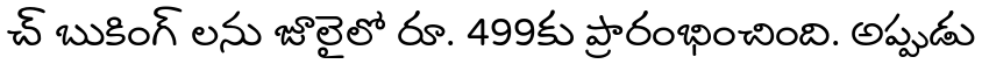
చ్ బుకింగ్ లను జూలైలో రూ. 499కు ప్రారంభించింది. అప్పుడు